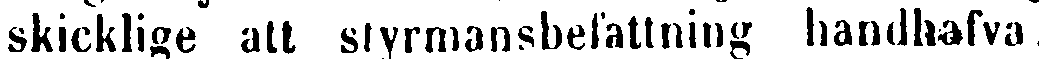
skicklige att styrmansbefattning handhafva.